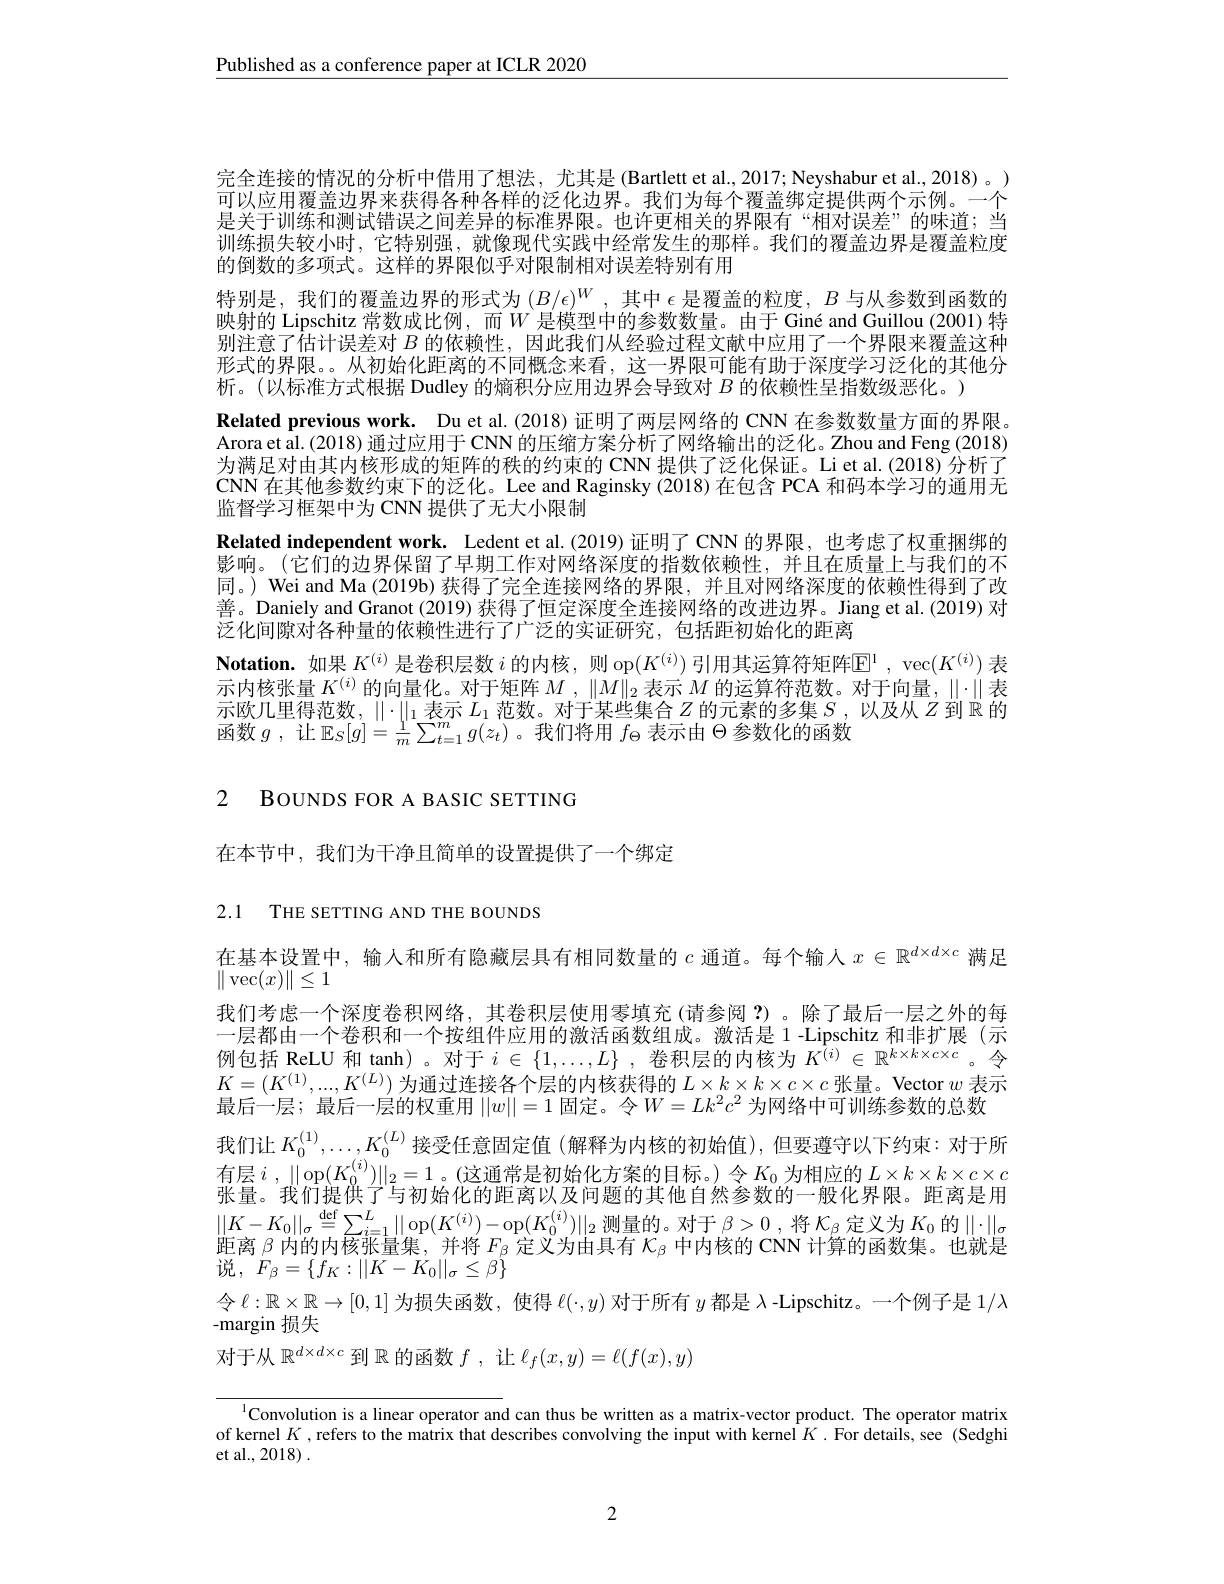
$\underline{\text{Published as a conference paper at ICLR 2020}}$

完全连接的情况的分析中借用了想法，尤其是(Bartlett et al., 2017; Neyshabur et al., 2018)。) 可以应用覆盖边界来获得各种各样的泛化边界。我们为每个覆盖绑定提供两个示例。一个是关于训练和测试错误之间差异的标准界限。也许更相关的界限有“相对误差”的味道；当训练损失较小时，它特别强，就像现代实践中经常发生的那样。我们的覆盖边界是覆盖粒度的倒数的多项式。这样的界限似乎对限制相对误差特别有用
特别是，我们的覆盖边界的形式为$(B/\epsilon)^W$,其中$\epsilon$是覆盖的粒度，$B$与从参数到函数的映射的 Lipschitz 常数成比例，而$W$是模型中的参数数量。由于 Giné and Guillou (2001)特别注意了估计误差对$B$的依赖性，因此我们从经验过程文献中应用了一个界限来覆盖这种形式的界限。。从初始化距离的不同概念来看，这一界限可能有助于深度学习泛化的其他分析。(以标准方式根据 Dudley 的熵积分应用边界会导致对$B$的依赖性呈指数级恶化。)
Related previous work. Du et al.(2018)证明了两层网络的 CNN 在参数数量方面的界限。Arora et al. (2018) 通过应用于 CNN 的压缩方案分析了网络输出的泛化。Zhou and Feng (2018) 为满足对由其内核形成的矩阵的秩的约束的 CNN 提供了泛化保证。Li et al.(2018)分析了CNN 在其他参数约束下的泛化。Lee and Raginsky (2018) 在包含 PCA 和码本学习的通用无监督学习框架中为 CNN 提供了无大小限制
Related independent work. Ledent et al.(2019)证明了 CNN 的界限，也考虑了权重捆绑的影响。(它们的边界保留了早期工作对网络深度的指数依赖性，并且在质量上与我们的不同。) Wei and Ma (2019b) 获得了完全连接网络的界限，并且对网络深度的依赖性得到了改善。Daniely and Granot (2019) 获得了恒定深度全连接网络的改进边界。Jiang et al.(2019) 对泛化间隙对各种量的依赖性进行了广泛的实证研究，包括距初始化的距离
Notation.如果$K^{(i)}$是卷积层数$i$的内核，则 op$(K^{(i)})$引用其运算符矩阵$\mathbb{E}^1$, vec$(K^{(i)})$表示内核张量$K^{(i)}$的向量化。对于矩阵$M,\|M\|_2$表示 $M$ 的运算符范数。对于向量，$\|\cdot\|$ 表示欧几里得范数，$\|\cdot\|_1$表示$L_1$范数。对于某些集合$Z$的元素的多集$S$ ,以及从$Z$到$\mathbb{R}$的函数$g$ ,让$\mathbb{E}_S[g]=\frac1m\sum_{t=1}^mg(z_t)$ 。我们将用$f_\mathrm{\Theta}$表示由$\Theta$参数化的函数

2 BOUNDS FOR A BASIC SETTING

在本节中，我们为干净且简单的设置提供了一个绑定

2.1 THE SETTING AND THE BOUNDS

在基本设置中，输人和所有隐藏层具有相同数量的$c$通道。每个输入$x\in\mathbb{R}^{d\times d\times c}$满足
$\|\operatorname{vec}(x)\|\leq1$
我们考虑一个深度卷积网络，其卷积层使用零填充(请参阅？)。除了最后一层之外的每一层都由一个卷积和一个按组件应用的激活函数组成。激活是 1-Lipschitz 和非扩展(示例包括 ReLU 和 tanh) 。对于$i\in\{1,\ldots,L\}$ ,卷积层的内核为$K^(i)\in\mathbb{R}^k\times k\times c\times c$ 。令$K=(K^{(1)},...,K^{(L)})$为通过连接各个层的内核获得的$L\times k\times k\times c\times c$张量。Vector $w$表示最后一层；最后一层的权重用$||w||=1$固定。令$W=Lk^2c^2$为网络中可训练参数的总数
我们让$K_0^{(1)},\ldots,K_0^{(L)}$接受任意固定值 (解释为内核的初始值),但要遵守以下约束：对于所有层$i,\|$op$(K_0^{(i)})\|_2=1$。(这通常是初始化方案的目标。)令$K_0$为相应的$L\times k\times k\times c\times c$ 张量。我们提供了与初始化的距离以及问题的其他自然参数的一般化界限。距离是用$||K-K_0||_\sigma\overset{\mathrm{def}}{\operatorname*{=}}\sum_{i=1}^L||$ op$(K^{(i)})-$op$(K_0^{(i)})||_2$测量的。对于$\beta>0$ ,将$\mathcal{K}_\beta$定义为$K_0$的$||\cdot||_\sigma$ 距离$\beta$内的内核张量集，并将$F_{\beta}$定义为由具有$\mathcal{K}_{\beta}$中内核的 CNN 计算的函数集。也就是说$,F_{\beta}=\{f_{K}:||K-K_{0}||_{\sigma}\leq\beta\}$
令$\ell:\mathbb{R}\times\mathbb{R}\to[0,1]$为损失函数，使得$\ell(\cdot,y)$对于所有$y$都是$\lambda$ -Lipschitz。一个例子是$1/\lambda$
-margin 损失
对于从$\mathbb{R}^d\times d\times c$到$\mathbb{R}$的函数$f$,让$\ell_f(x,y)=\ell(f(x),y)$

$^{1}$Convolution is a linear operator and can thus be written as a matrix-vector product. The operator matrix of kernel $K$ , refers to the matrix that describes convolving the input with kernel $K$ .For details, see (Sedghi et al., 2018) .

2